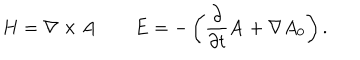
LaTeX: H = \nabla \times { \bf A } \qquad { \bf E } = - \left( \frac { \partial } { \partial t } { \bf A } + \nabla A _ { 0 } \right) .